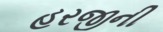
હરજીની